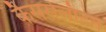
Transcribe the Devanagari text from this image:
कैसर्सलौटेन